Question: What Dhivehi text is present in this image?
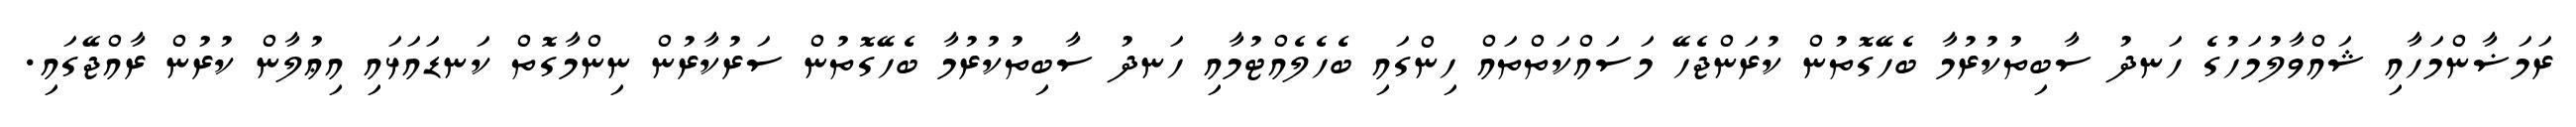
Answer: ރަމަޟާންމަހާއި ޝައްވާލުމަހުގެ ހަނދު ސާބިތުކުރުމާ ބެހޭގޮތުން ކުރަންޖެހޭ މަސައްކަތްތައް ހިންގައި ބެހެލެއްޓުމާއި ހަނދު ސާބިތުކުރުމާ ބެހޭގޮތުން ސަރުކާރުން ނިންމާގޮތް ކަނޑައަޅައި އިޢުލާން ކުރުން ރާއްޖޭގައި.